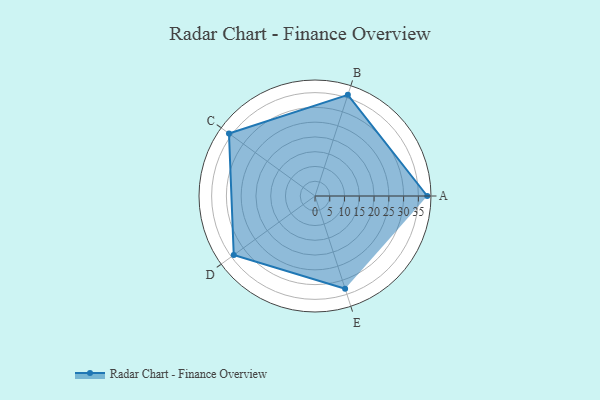
{"axis": {"x": "Skill", "y": "Score"}, "legend": ["Profile"], "data": [{"x": "A", "y": 38.0, "type": "Profile"}, {"x": "B", "y": 36.0, "type": "Profile"}, {"x": "C", "y": 36.0, "type": "Profile"}, {"x": "D", "y": 34.0, "type": "Profile"}, {"x": "E", "y": 33.0, "type": "Profile"}]}